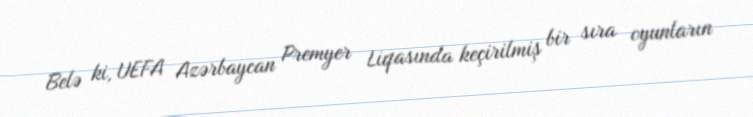
Belə ki, UEFA Azərbaycan Premyer Liqasında keçirilmiş bir sıra oyunların